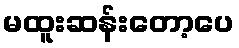
မထူးဆန်းတော့ပေ